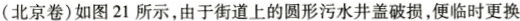
(北京卷)如图21所示，由于街道上的圆形污水井盖破损，便临时更换